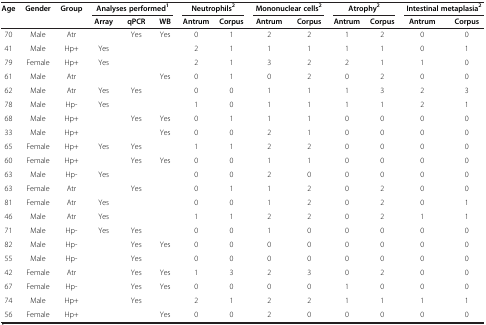
<table><thead><tr><td rowspan="2"><b>Age</b></td><td rowspan="2"><b>Gender</b></td><td rowspan="2"><b>Group</b></td><td colspan="3"><b>Analyses performed<sup>1</sup></b></td><td colspan="2"><b>Neutrophils<sup>2</sup></b></td><td colspan="2"><b>Mononuclear cells<sup>2</sup></b></td><td colspan="2"><b>Atrophy<sup>2</sup></b></td><td colspan="2"><b>Intestinal metaplasia<sup>2</sup></b></td></tr><tr><td><b>Array</b></td><td><b>qPCR</b></td><td><b>WB</b></td><td><b>Antrum</b></td><td><b>Corpus</b></td><td><b>Antrum</b></td><td><b>Corpus</b></td><td><b>Antrum</b></td><td><b>Corpus</b></td><td><b>Antrum</b></td><td><b>Corpus</b></td></tr></thead><tbody><tr><td>70</td><td>Male</td><td>Atr</td><td>[EMPTY_CELL]</td><td>Yes</td><td>Yes</td><td>0</td><td>1</td><td>2</td><td>2</td><td>1</td><td>2</td><td>0</td><td>0</td></tr><tr><td>41</td><td>Male</td><td>Hp+</td><td>Yes</td><td>[EMPTY_CELL]</td><td>[EMPTY_CELL]</td><td>2</td><td>1</td><td>1</td><td>1</td><td>1</td><td>1</td><td>0</td><td>1</td></tr><tr><td>79</td><td>Female</td><td>Hp+</td><td>Yes</td><td>[EMPTY_CELL]</td><td>[EMPTY_CELL]</td><td>2</td><td>1</td><td>3</td><td>2</td><td>2</td><td>1</td><td>1</td><td>0</td></tr><tr><td>61</td><td>Male</td><td>Atr</td><td>[EMPTY_CELL]</td><td>[EMPTY_CELL]</td><td>Yes</td><td>0</td><td>1</td><td>0</td><td>2</td><td>0</td><td>2</td><td>0</td><td>0</td></tr><tr><td>62</td><td>Male</td><td>Atr</td><td>Yes</td><td>Yes</td><td>[EMPTY_CELL]</td><td>0</td><td>0</td><td>1</td><td>1</td><td>1</td><td>3</td><td>2</td><td>3</td></tr><tr><td>78</td><td>Male</td><td>Hp-</td><td>Yes</td><td>[EMPTY_CELL]</td><td>[EMPTY_CELL]</td><td>1</td><td>0</td><td>1</td><td>1</td><td>1</td><td>1</td><td>2</td><td>1</td></tr><tr><td>68</td><td>Male</td><td>Hp+</td><td>[EMPTY_CELL]</td><td>Yes</td><td>Yes</td><td>0</td><td>1</td><td>1</td><td>1</td><td>0</td><td>0</td><td>0</td><td>0</td></tr><tr><td>33</td><td>Male</td><td>Hp+</td><td>[EMPTY_CELL]</td><td>[EMPTY_CELL]</td><td>Yes</td><td>0</td><td>0</td><td>2</td><td>1</td><td>0</td><td>0</td><td>0</td><td>0</td></tr><tr><td>65</td><td>Female</td><td>Hp+</td><td>Yes</td><td>Yes</td><td>[EMPTY_CELL]</td><td>1</td><td>1</td><td>2</td><td>2</td><td>0</td><td>0</td><td>0</td><td>0</td></tr><tr><td>60</td><td>Female</td><td>Hp+</td><td>[EMPTY_CELL]</td><td>Yes</td><td>Yes</td><td>0</td><td>0</td><td>1</td><td>1</td><td>0</td><td>0</td><td>0</td><td>0</td></tr><tr><td>63</td><td>Male</td><td>Hp-</td><td>Yes</td><td>[EMPTY_CELL]</td><td>[EMPTY_CELL]</td><td>0</td><td>0</td><td>2</td><td>0</td><td>0</td><td>0</td><td>0</td><td>0</td></tr><tr><td>63</td><td>Female</td><td>Atr</td><td>[EMPTY_CELL]</td><td>Yes</td><td>[EMPTY_CELL]</td><td>0</td><td>1</td><td>1</td><td>2</td><td>0</td><td>2</td><td>0</td><td>0</td></tr><tr><td>81</td><td>Female</td><td>Atr</td><td>Yes</td><td>[EMPTY_CELL]</td><td>[EMPTY_CELL]</td><td>0</td><td>0</td><td>1</td><td>2</td><td>0</td><td>2</td><td>0</td><td>1</td></tr><tr><td>46</td><td>Male</td><td>Atr</td><td>Yes</td><td>[EMPTY_CELL]</td><td>[EMPTY_CELL]</td><td>1</td><td>1</td><td>2</td><td>2</td><td>0</td><td>2</td><td>1</td><td>1</td></tr><tr><td>71</td><td>Male</td><td>Hp-</td><td>Yes</td><td>Yes</td><td>[EMPTY_CELL]</td><td>0</td><td>0</td><td>1</td><td>0</td><td>0</td><td>0</td><td>0</td><td>0</td></tr><tr><td>82</td><td>Male</td><td>Hp-</td><td>[EMPTY_CELL]</td><td>Yes</td><td>Yes</td><td>0</td><td>0</td><td>0</td><td>0</td><td>0</td><td>0</td><td>0</td><td>0</td></tr><tr><td>55</td><td>Male</td><td>Hp-</td><td>[EMPTY_CELL]</td><td>Yes</td><td>[EMPTY_CELL]</td><td>0</td><td>0</td><td>0</td><td>0</td><td>0</td><td>0</td><td>0</td><td>0</td></tr><tr><td>42</td><td>Female</td><td>Atr</td><td>[EMPTY_CELL]</td><td>Yes</td><td>Yes</td><td>1</td><td>3</td><td>2</td><td>3</td><td>0</td><td>2</td><td>0</td><td>0</td></tr><tr><td>67</td><td>Female</td><td>Hp-</td><td>[EMPTY_CELL]</td><td>Yes</td><td>Yes</td><td>0</td><td>0</td><td>0</td><td>0</td><td>1</td><td>0</td><td>0</td><td>0</td></tr><tr><td>74</td><td>Male</td><td>Hp+</td><td>[EMPTY_CELL]</td><td>Yes</td><td>[EMPTY_CELL]</td><td>2</td><td>1</td><td>2</td><td>2</td><td>1</td><td>1</td><td>1</td><td>1</td></tr><tr><td>56</td><td>Female</td><td>Hp+</td><td>[EMPTY_CELL]</td><td>[EMPTY_CELL]</td><td>Yes</td><td>0</td><td>0</td><td>2</td><td>0</td><td>0</td><td>0</td><td>0</td><td>0</td></tr></tbody></table>